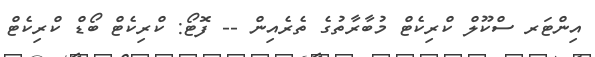
އިންޓަރ ސްކޫލް ކްރިކެޓް މުބާރާތުގެ ތެރެއިން -- ފޮޓޯ: ކްރިކެޓް ބޯޑް ކްރިކެޓް